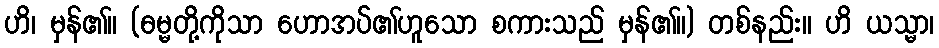
ဟိ၊ မှန်၏။ (ဓမ္မတို့ကိုသာ ဟောအပ်၏ဟူသော စကားသည် မှန်၏။) တစ်နည်း။ ဟိ ယသ္မာ၊